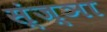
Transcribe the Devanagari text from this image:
स्ंज्ञा